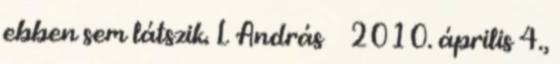
ebben sem látszik. L András → 2010. április 4.,